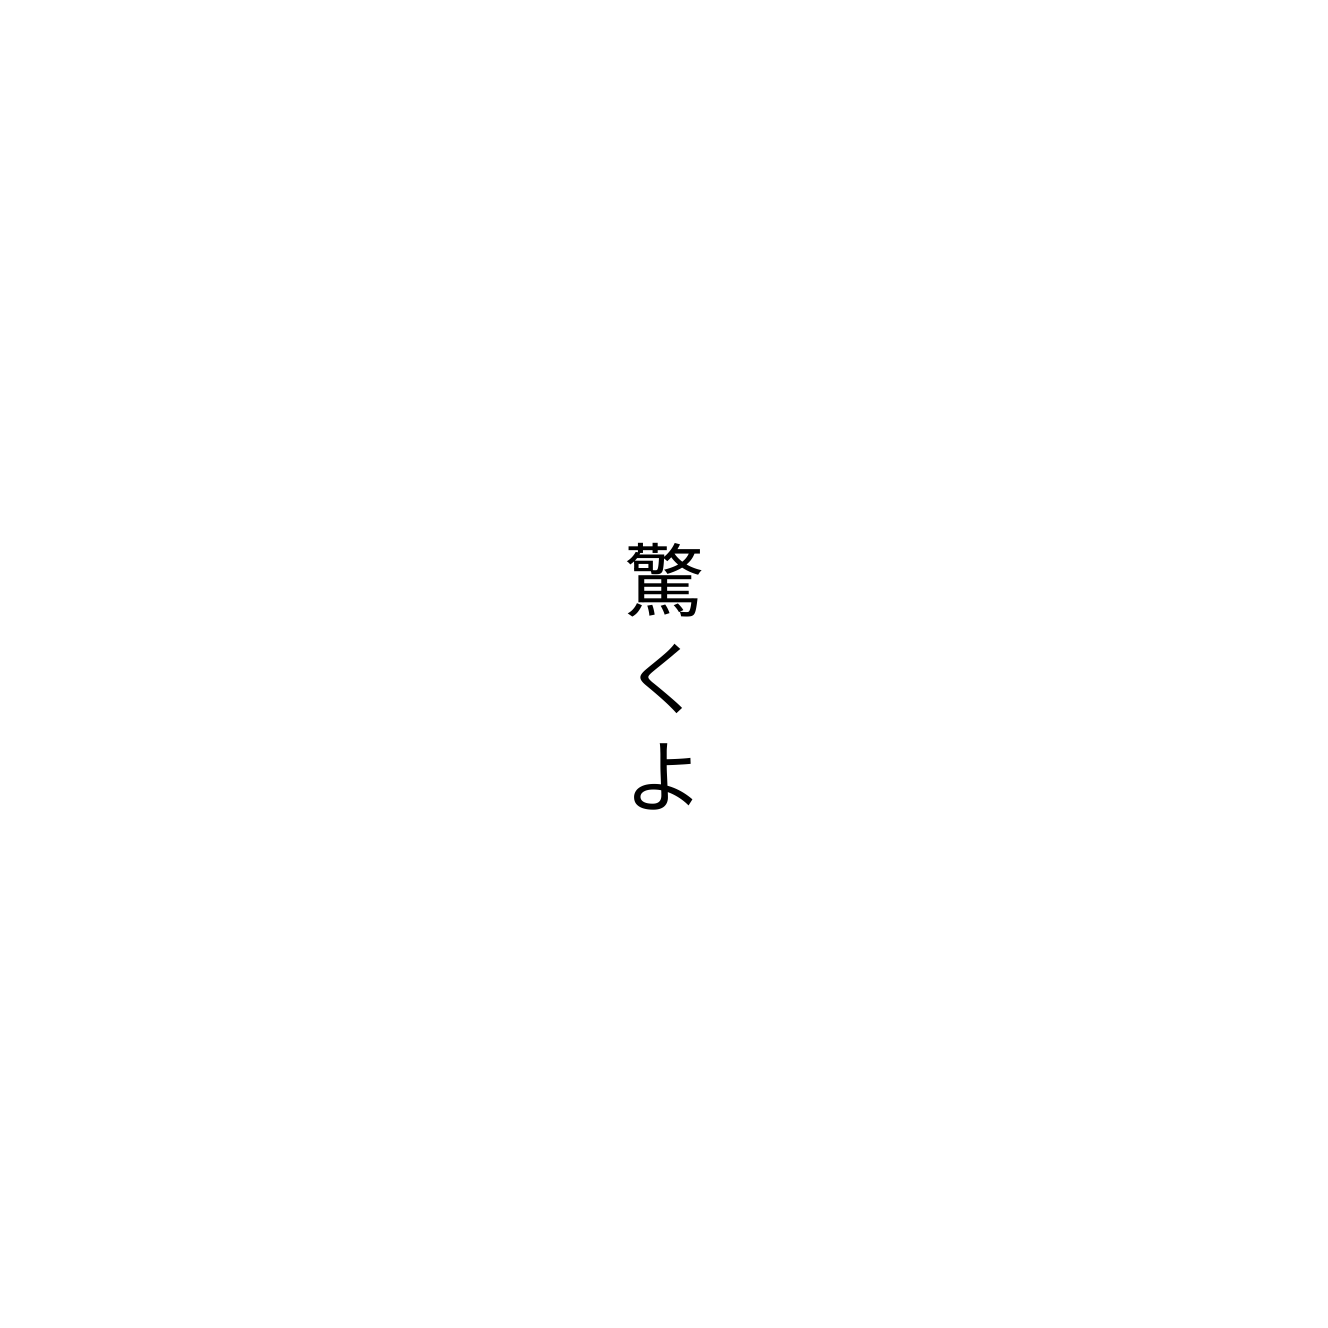
驚くよ